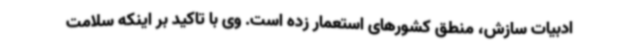
ادبیات سازش، منطق کشورهای استعمار زده است. وی با تاکید بر اینکه سلامت